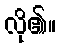
လို၏။